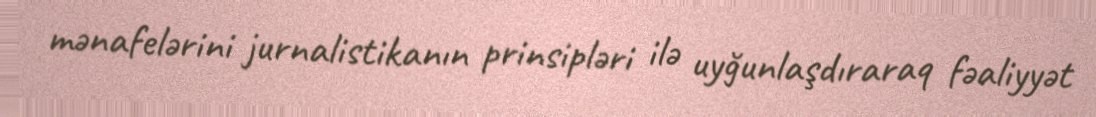
mənafelərini jurnalistikanın prinsipləri ilə uyğunlaşdıraraq fəaliyyət